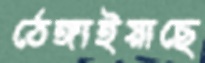
ঠেঙ্গাইয়াছে